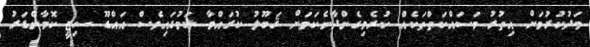
މަދުކުރުމަށް އިތުރު މަސައްކަތްތަކެއް ކުރެވިގެންދާނެކަމަށް ޤަބޫލު ކުރައްވާ ކަމުގައިވެސް އައްޑޫ ސިޓީ ކޮމާންޑަރު